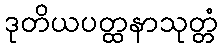
ဒုတိယပတ္ထနာသုတ္တံ